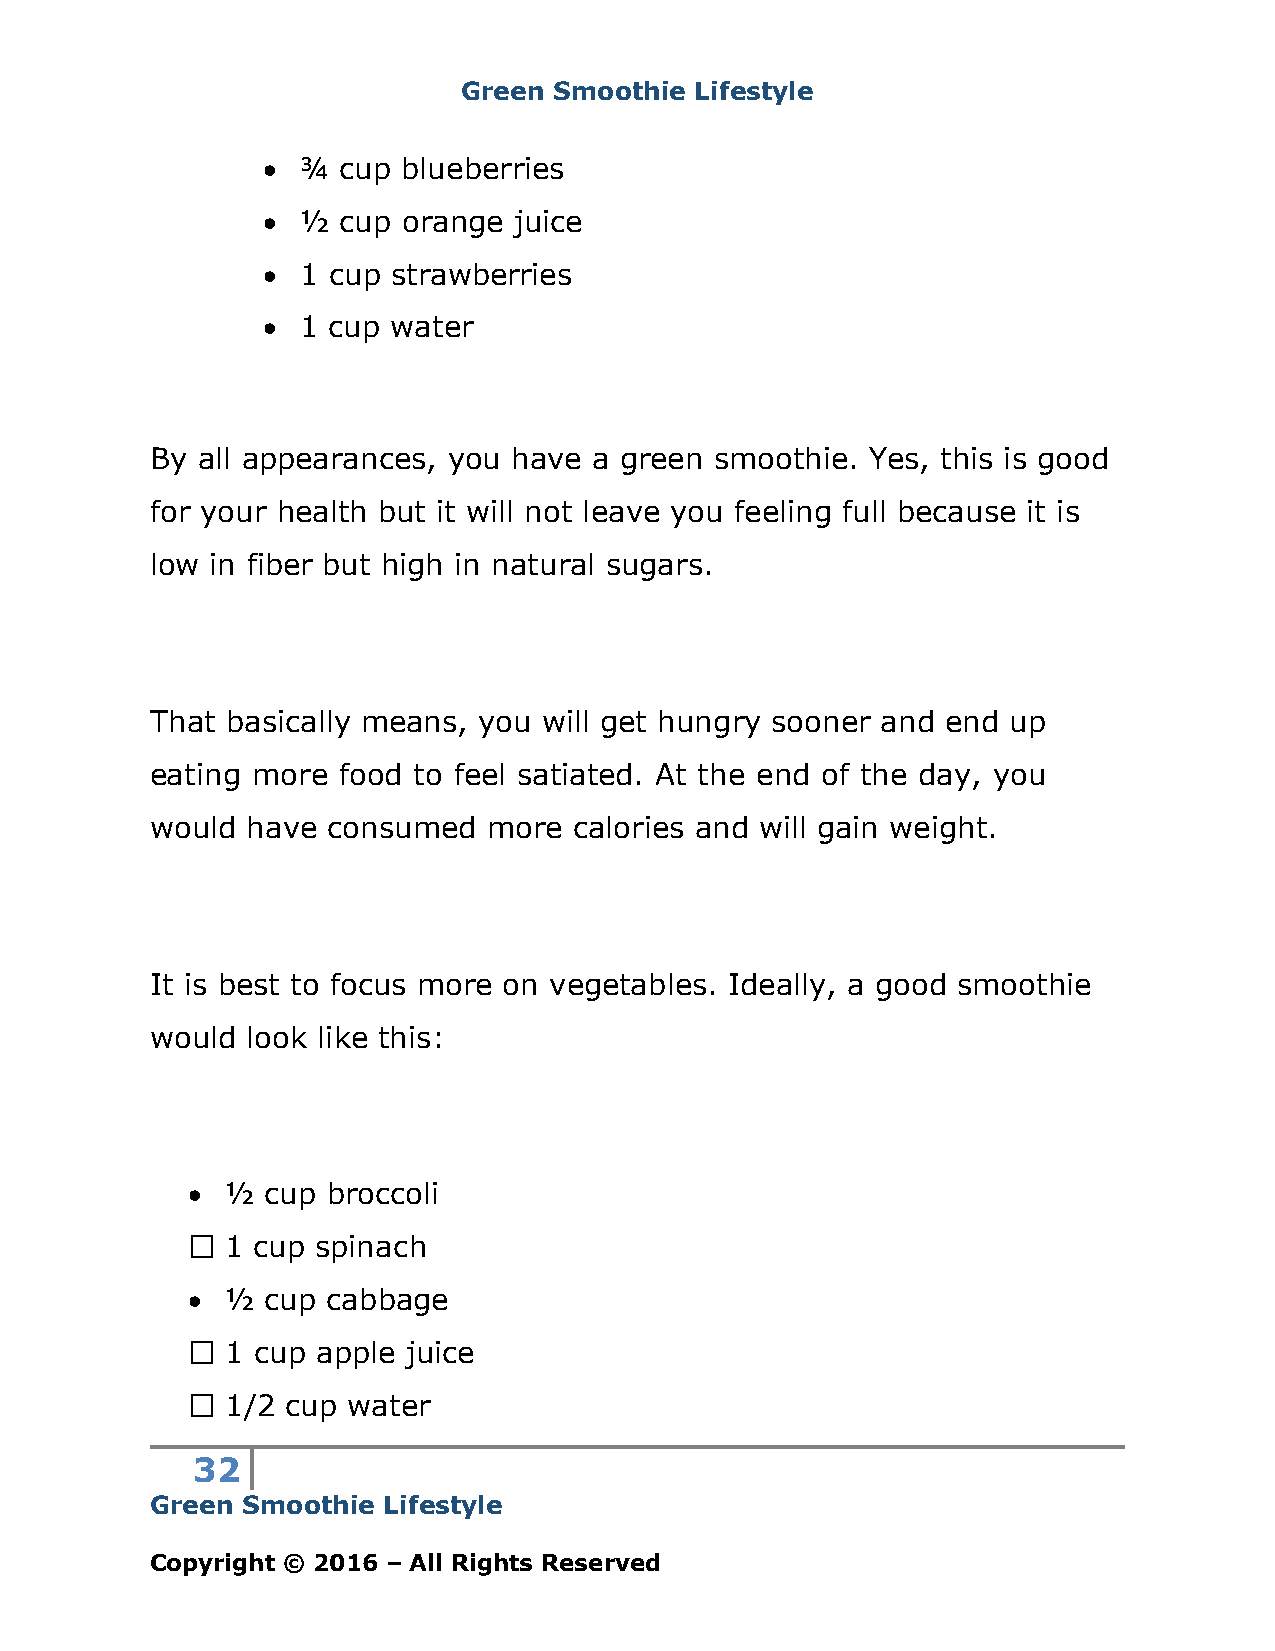
Green Smoothie Lifestyle
 •  ¾ cup  blueberries
 •  ½ cup  orange juice
 •  1 cup strawberries
 •  1 cup water
 By all appearances, you have a green smoothie.  Yes, this is good
 for your health but it will not leave you feeling full because it is
 low in fiber but high in natural sugars.
 That basically means, you will get hungry sooner and end up
 eating more food to feel satiated. At the end of the day, you
 would have  consumed  more  calories and will gain weight.
 It is best to focus more on vegetables. Ideally, a good smoothie
 would look like this:
 •  ½  cup broccoli
 1 cup spinach
 •  ½  cup cabbage
 1 cup apple juice
 1/2 cup water
 32
 Green Smoothie Lifestyle
 Copyright © 2016 – All Rights Reserved